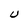
Character: U